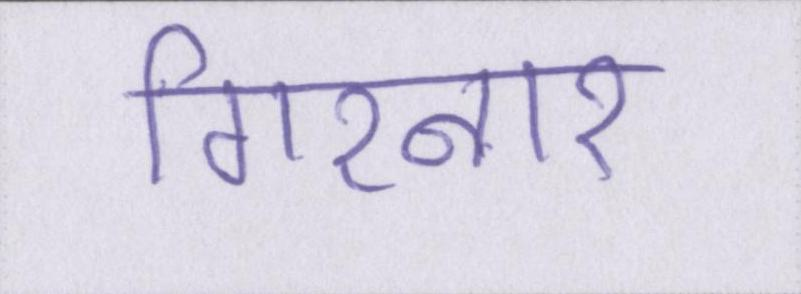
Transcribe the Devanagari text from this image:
गिरनार